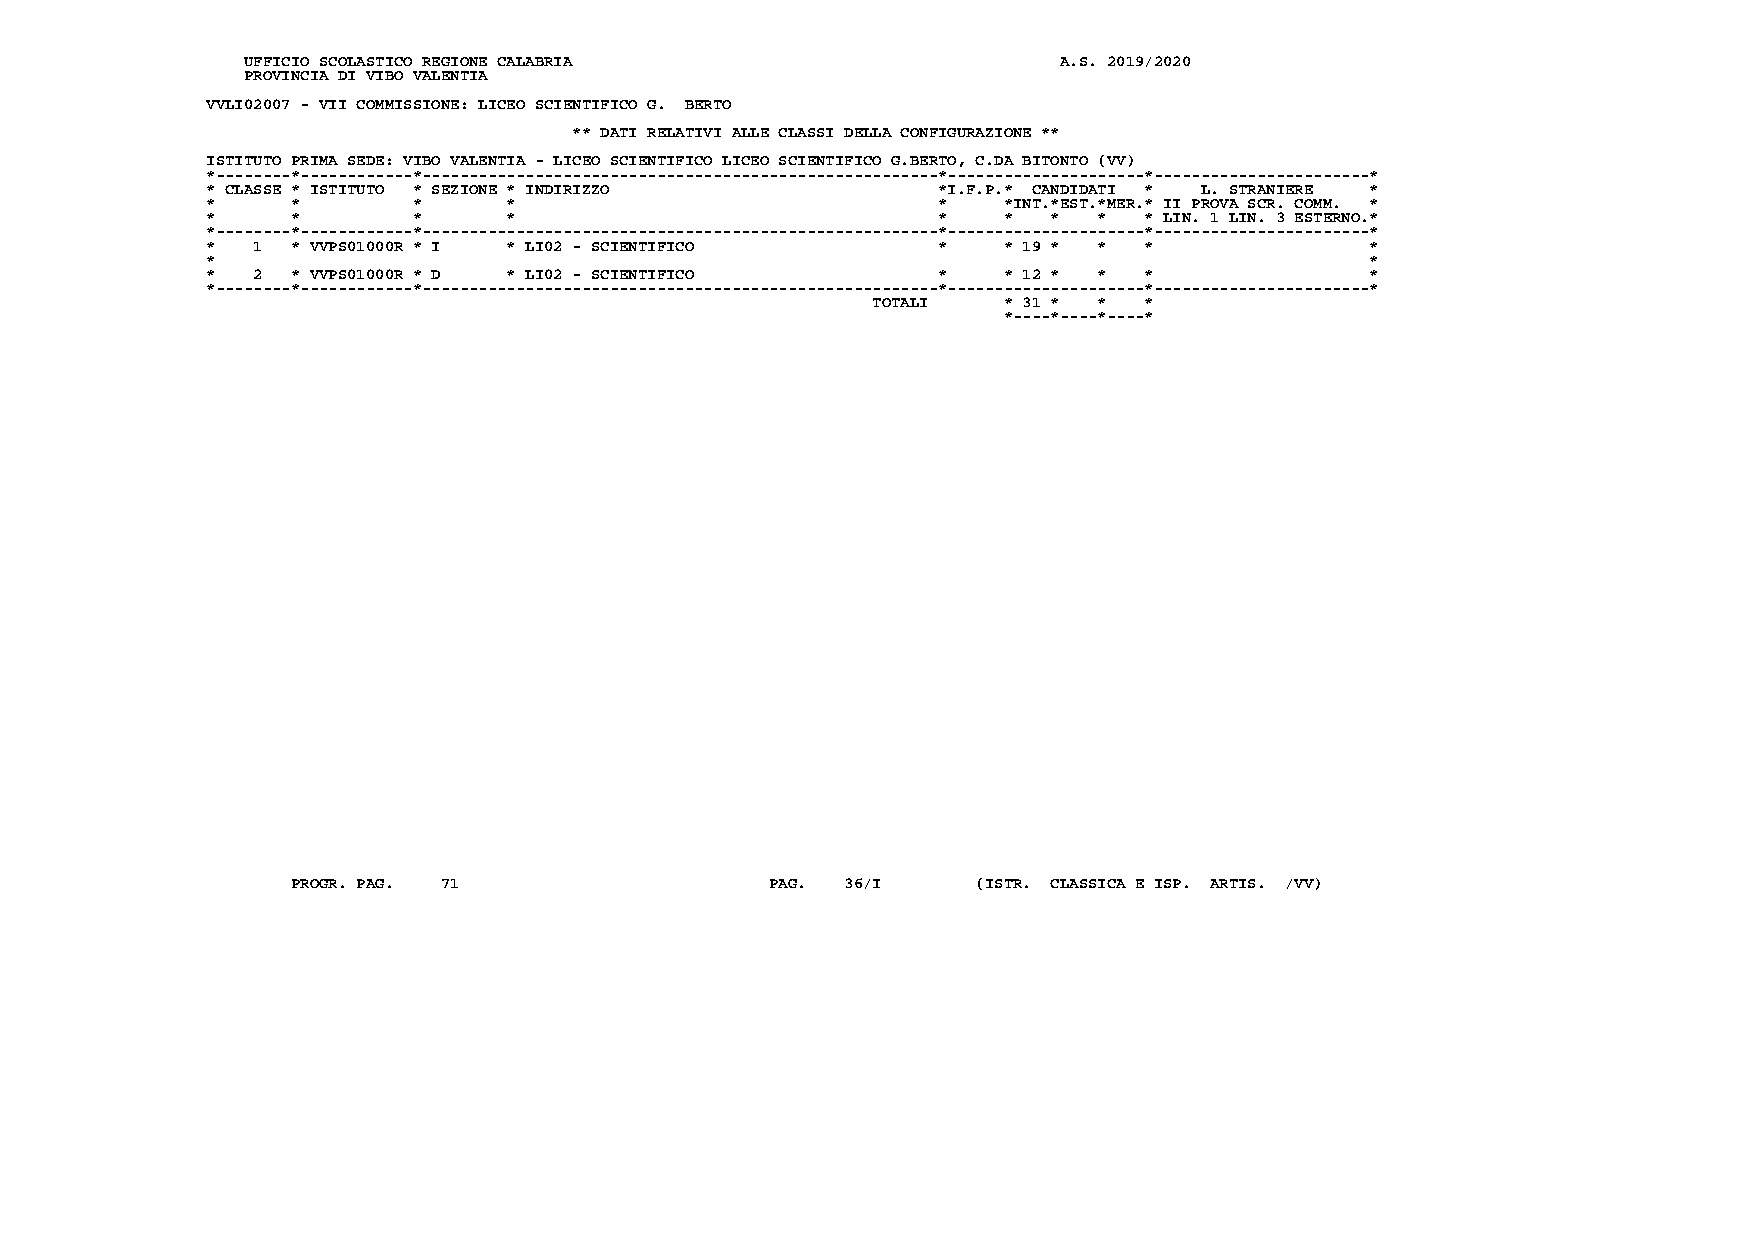
UFFICIO SCOLASTICO REGIONE CALABRIA                   A.S. 2019/2020
 PROVINCIA DI VIBO VALENTIA
 VVLI02007 - VII COMMISSIONE: LICEO SCIENTIFICO G. BERTO
 ** DATI RELATIVI ALLE CLASSI DELLA CONFIGURAZIONE **
 ISTITUTO PRIMA SEDE: VIBO VALENTIA - LICEO SCIENTIFICO LICEO SCIENTIFICO G.BERTO, C.DA BITONTO (VV)
 *--------*------------*-------------------------------------------------------*---------------------*-----------------------*
 * CLASSE * ISTITUTO * SEZIONE * INDIRIZZO       *I.F.P.* CANDIDATI * L. STRANIERE *
 *    *       *      *                           *   *INT.*EST.*MER.* II PROVA SCR. COMM. *
 *    *       *      *                           *   *   *  *  * LIN. 1 LIN. 3 ESTERNO.*
 *--------*------------*-------------------------------------------------------*---------------------*-----------------------*
 *  1 * VVPS01000R * I * LI02 - SCIENTIFICO      *   * 19 * *  *              *
 *                                                                            *
 *  2 * VVPS01000R * D * LI02 - SCIENTIFICO      *   * 12 * *  *              *
 *--------*------------*-------------------------------------------------------*---------------------*-----------------------*
 TOTALI  * 31 * *  *
 *----*----*----*
 PROGR. PAG. 71                  PAG. 36/I     (ISTR. CLASSICA E ISP. ARTIS. /VV)